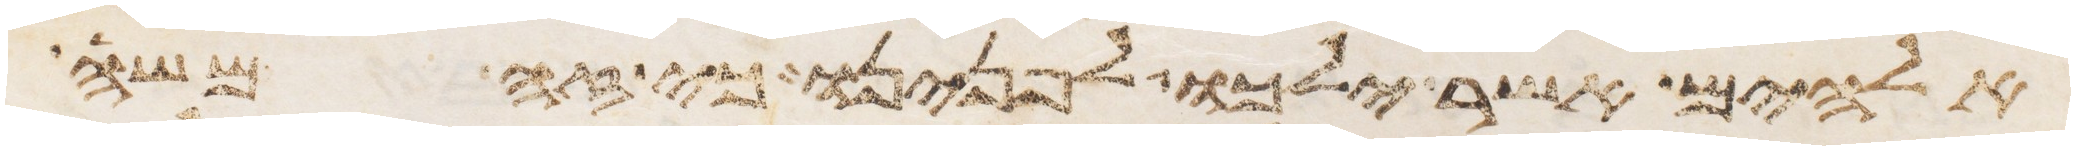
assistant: אלהים אשר ילכו לפנינו כי זה משה